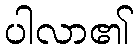
ပါလာ၏